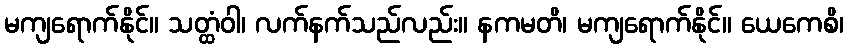
မကျရောက်နိုင်။ သတ္ထံဝါ၊ လက်နက်သည်လည်း။ နကမတိ၊ မကျရောက်နိုင်။ ယေကေစိ၊